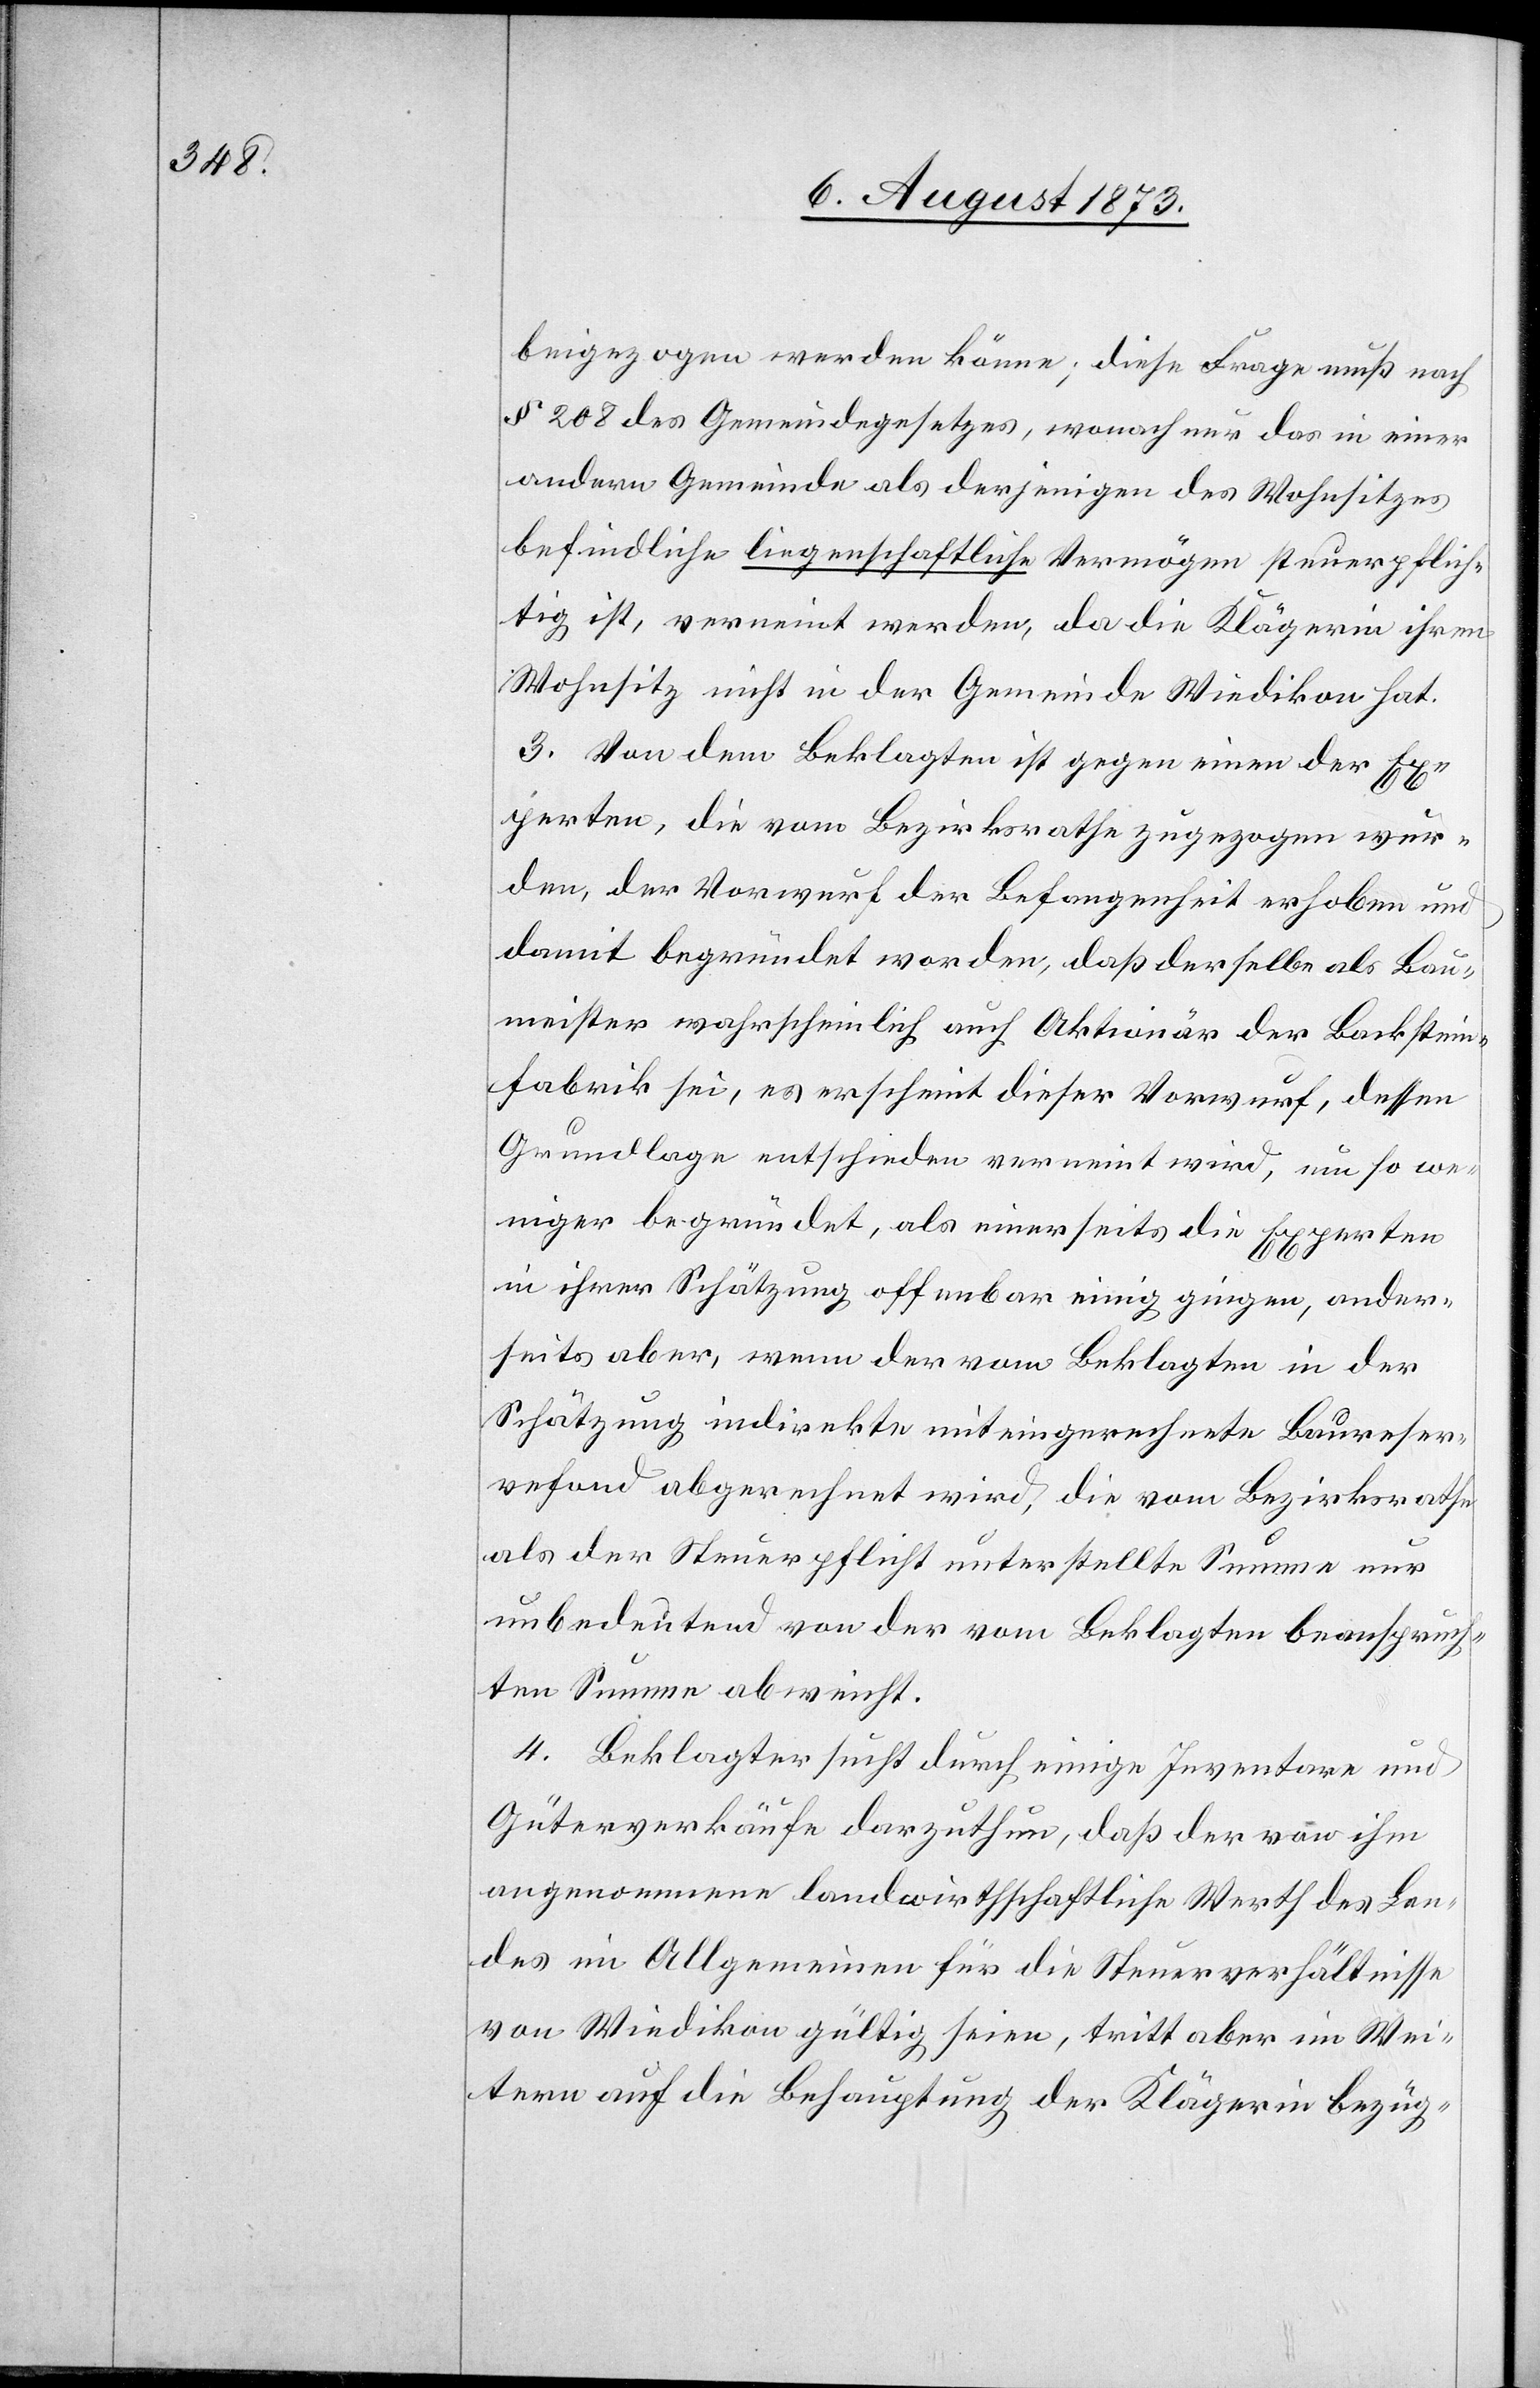
beigezogen werden könne; diese Frage muß nach
§ 208 des Gemeindegesetzes, wonach nur das in einer
andern Gemeinde als derjenigen des Wohnsitzes
befindliche liegenschaftliche Vermögen steuerpflich¬
tig ist, verneint werden, da die Klägerin ihren
Wohnsitz nicht in der Gemeinde Wiedikon hat.
3. Von dem Beklagten ist gegen einen der Ex¬
perten, die vom Bezirksrathe zugezogen wur¬
den, der Vorwurf der Befangenheit erhoben und
damit begründet worden, daß derselbe als Bau¬
meister wahrscheinlich auch Aktionär der Backstein¬
fabrik sei, es erscheint dieser Vorwurf, dessen
Grundlage entschieden verneint wird, um so we¬
niger begründet, als einerseits die Experten
in ihrer Schätzung offenbar einig gingen, ander¬
seits aber, wenn der vom Beklagten in der
Schätzung indirekte miteingerechnete Baureser¬
vefond abgerechnet wird, die vom Bezirksrathe
als der Steuerpflicht unterstellte Summe nur
unbedeutend von der vom Beklagten beanspruch¬
ten Summe abweicht.
4. Beklagter sucht durch einige Inventare und
Güterverkäufe darzuthun, daß der von ihm
angenommene landwirthschaftliche Werth des Lan¬
des im Allgemeinen für die Steuerverhältnisse
von Wiedikon gültig seien, tritt aber im Wei¬
tern auf die Behauptung der Klägerin bezüg-